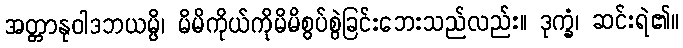
အတ္တာနုဝါဒဘယမ္ပိ၊ မိမိကိုယ်ကိုမိမိစွပ်စွဲခြင်းဘေးသည်လည်း။ ဒုက္ခံ၊ ဆင်းရဲ၏။